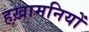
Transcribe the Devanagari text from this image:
हख़ामनियों